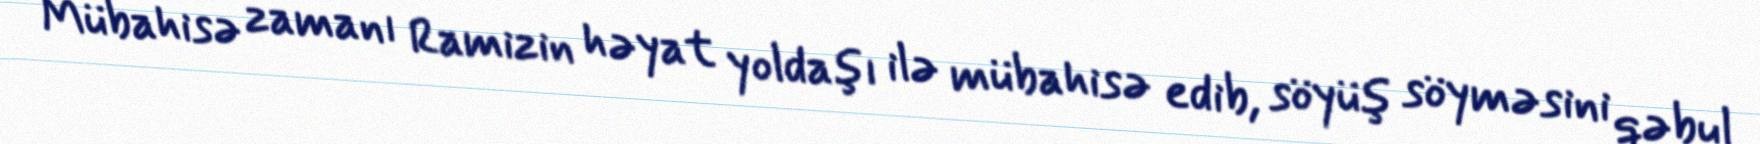
Mübahisə zamanı Ramizin həyat yoldaşı ilə mübahisə edib, söyüş söyməsini qəbul